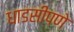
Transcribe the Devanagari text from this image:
धाडसीपणे